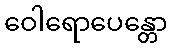
ဝေါရောပေန္တော